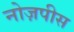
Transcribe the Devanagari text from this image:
नोज़पीस